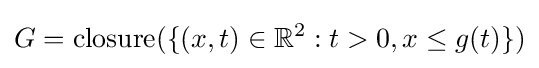
G={\text{closure}}(\{(x,t)\in \mathbb {R} ^{2}:t>0,x\leq g(t)\})